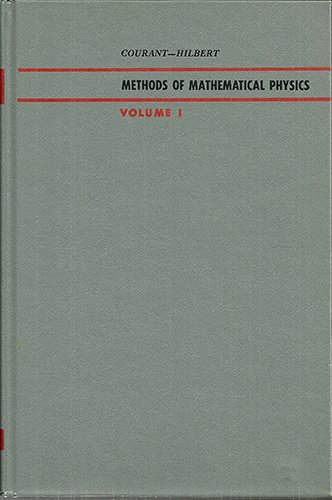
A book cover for Methods of Mathematical Physics, Vol. 1; Richard Courant; Science & Math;